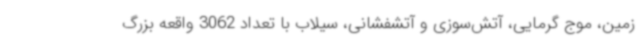
زمین، موج گرمایی، آتش‌سوزی و آتشفشانی، سیلاب با تعداد 3062 واقعه بزرگ